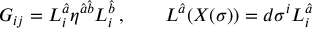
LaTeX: G _ { i j } = L _ { i } ^ { \hat { a } } \eta ^ { { \hat { a } } { \hat { b } } } L _ { i } ^ { \hat { b } } \, , \qquad L ^ { \hat { a } } ( X ( \sigma ) ) = d \sigma ^ { i } L _ { i } ^ { \hat { a } } \,